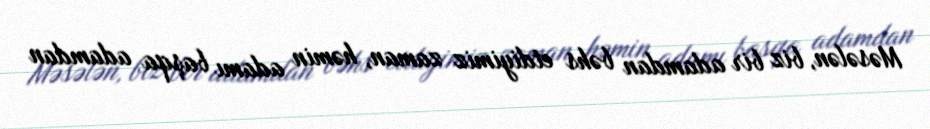
Məsələn, biz bir adamdan bəhs etdiyimiz zaman, həmin adamı başqa adamdan